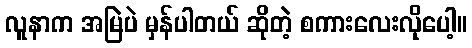
လူနာက အမြဲပဲ မှန်ပါတယ် ဆိုတဲ့ စကားလေးလိုပေါ့။